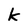
Character: k